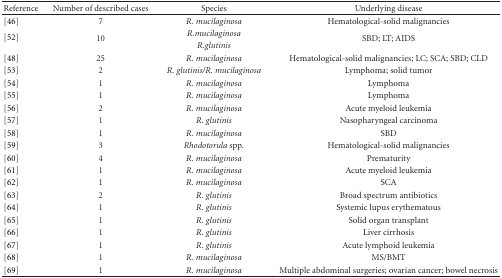
<table><thead><tr><td><b>Reference</b></td><td><b>Number of described cases</b></td><td><b>Species</b></td><td><b>Underlying disease</b></td></tr></thead><tbody><tr><td>[46]</td><td>7</td><td><i>R. mucilaginosa </i></td><td>Hematological-solid malignancies</td></tr><tr><td rowspan="2">[52]</td><td rowspan="2">10</td><td><i>R.mucilaginosa </i></td><td rowspan="2">SBD; LT; AIDS</td></tr><tr><td><i>R.glutinis </i></td></tr><tr><td>[48]</td><td>25</td><td><i>R. mucilaginosa </i></td><td>Hematological-solid malignancies; LC; SCA; SBD; CLD</td></tr><tr><td>[53]</td><td>2</td><td><i>R. glutinis/R. mucilaginosa </i></td><td>Lymphoma; solid tumor</td></tr><tr><td>[54]</td><td>1</td><td><i>R. mucilaginosa </i></td><td>Lymphoma</td></tr><tr><td>[55]</td><td>1</td><td><i>R. mucilaginosa </i></td><td>Lymphoma</td></tr><tr><td>[56]</td><td>2</td><td><i>R. mucilaginosa </i></td><td>Acute myeloid leukemia</td></tr><tr><td>[57]</td><td>1</td><td><i>R. glutinis </i></td><td>Nasopharyngeal carcinoma</td></tr><tr><td>[58]</td><td>1</td><td><i>R. mucilaginosa </i></td><td>SBD</td></tr><tr><td>[59]</td><td>3</td><td><i>Rhodotorula </i>spp.</td><td>Hematological-solid malignancies</td></tr><tr><td>[60]</td><td>4</td><td><i>R. mucilaginosa </i></td><td>Prematurity</td></tr><tr><td>[61]</td><td>1</td><td><i>R. mucilaginosa </i></td><td>Acute myeloid leukemia</td></tr><tr><td>[62]</td><td>1</td><td><i>R. mucilaginosa </i></td><td>SCA</td></tr><tr><td>[63]</td><td>2</td><td><i>R. glutinis </i></td><td>Broad spectrum antibiotics</td></tr><tr><td>[64]</td><td>1</td><td><i>R. glutinis </i></td><td>Systemic lupus erythematous</td></tr><tr><td>[65]</td><td>1</td><td><i>R. glutinis </i></td><td>Solid organ transplant</td></tr><tr><td>[66]</td><td>1</td><td><i>R. glutinis </i></td><td>Liver cirrhosis</td></tr><tr><td>[67]</td><td>1</td><td><i>R. glutinis </i></td><td>Acute lymphoid leukemia</td></tr><tr><td>[68]</td><td>1</td><td><i>R. mucilaginosa </i></td><td>MS/BMT </td></tr><tr><td>[69]</td><td>1</td><td><i>R. mucilaginosa </i></td><td>Multiple abdominal surgeries; ovarian cancer; bowel necrosis</td></tr></tbody></table>